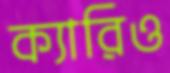
ক্যারিও